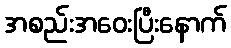
အစည်းအဝေးပြီးနောက်